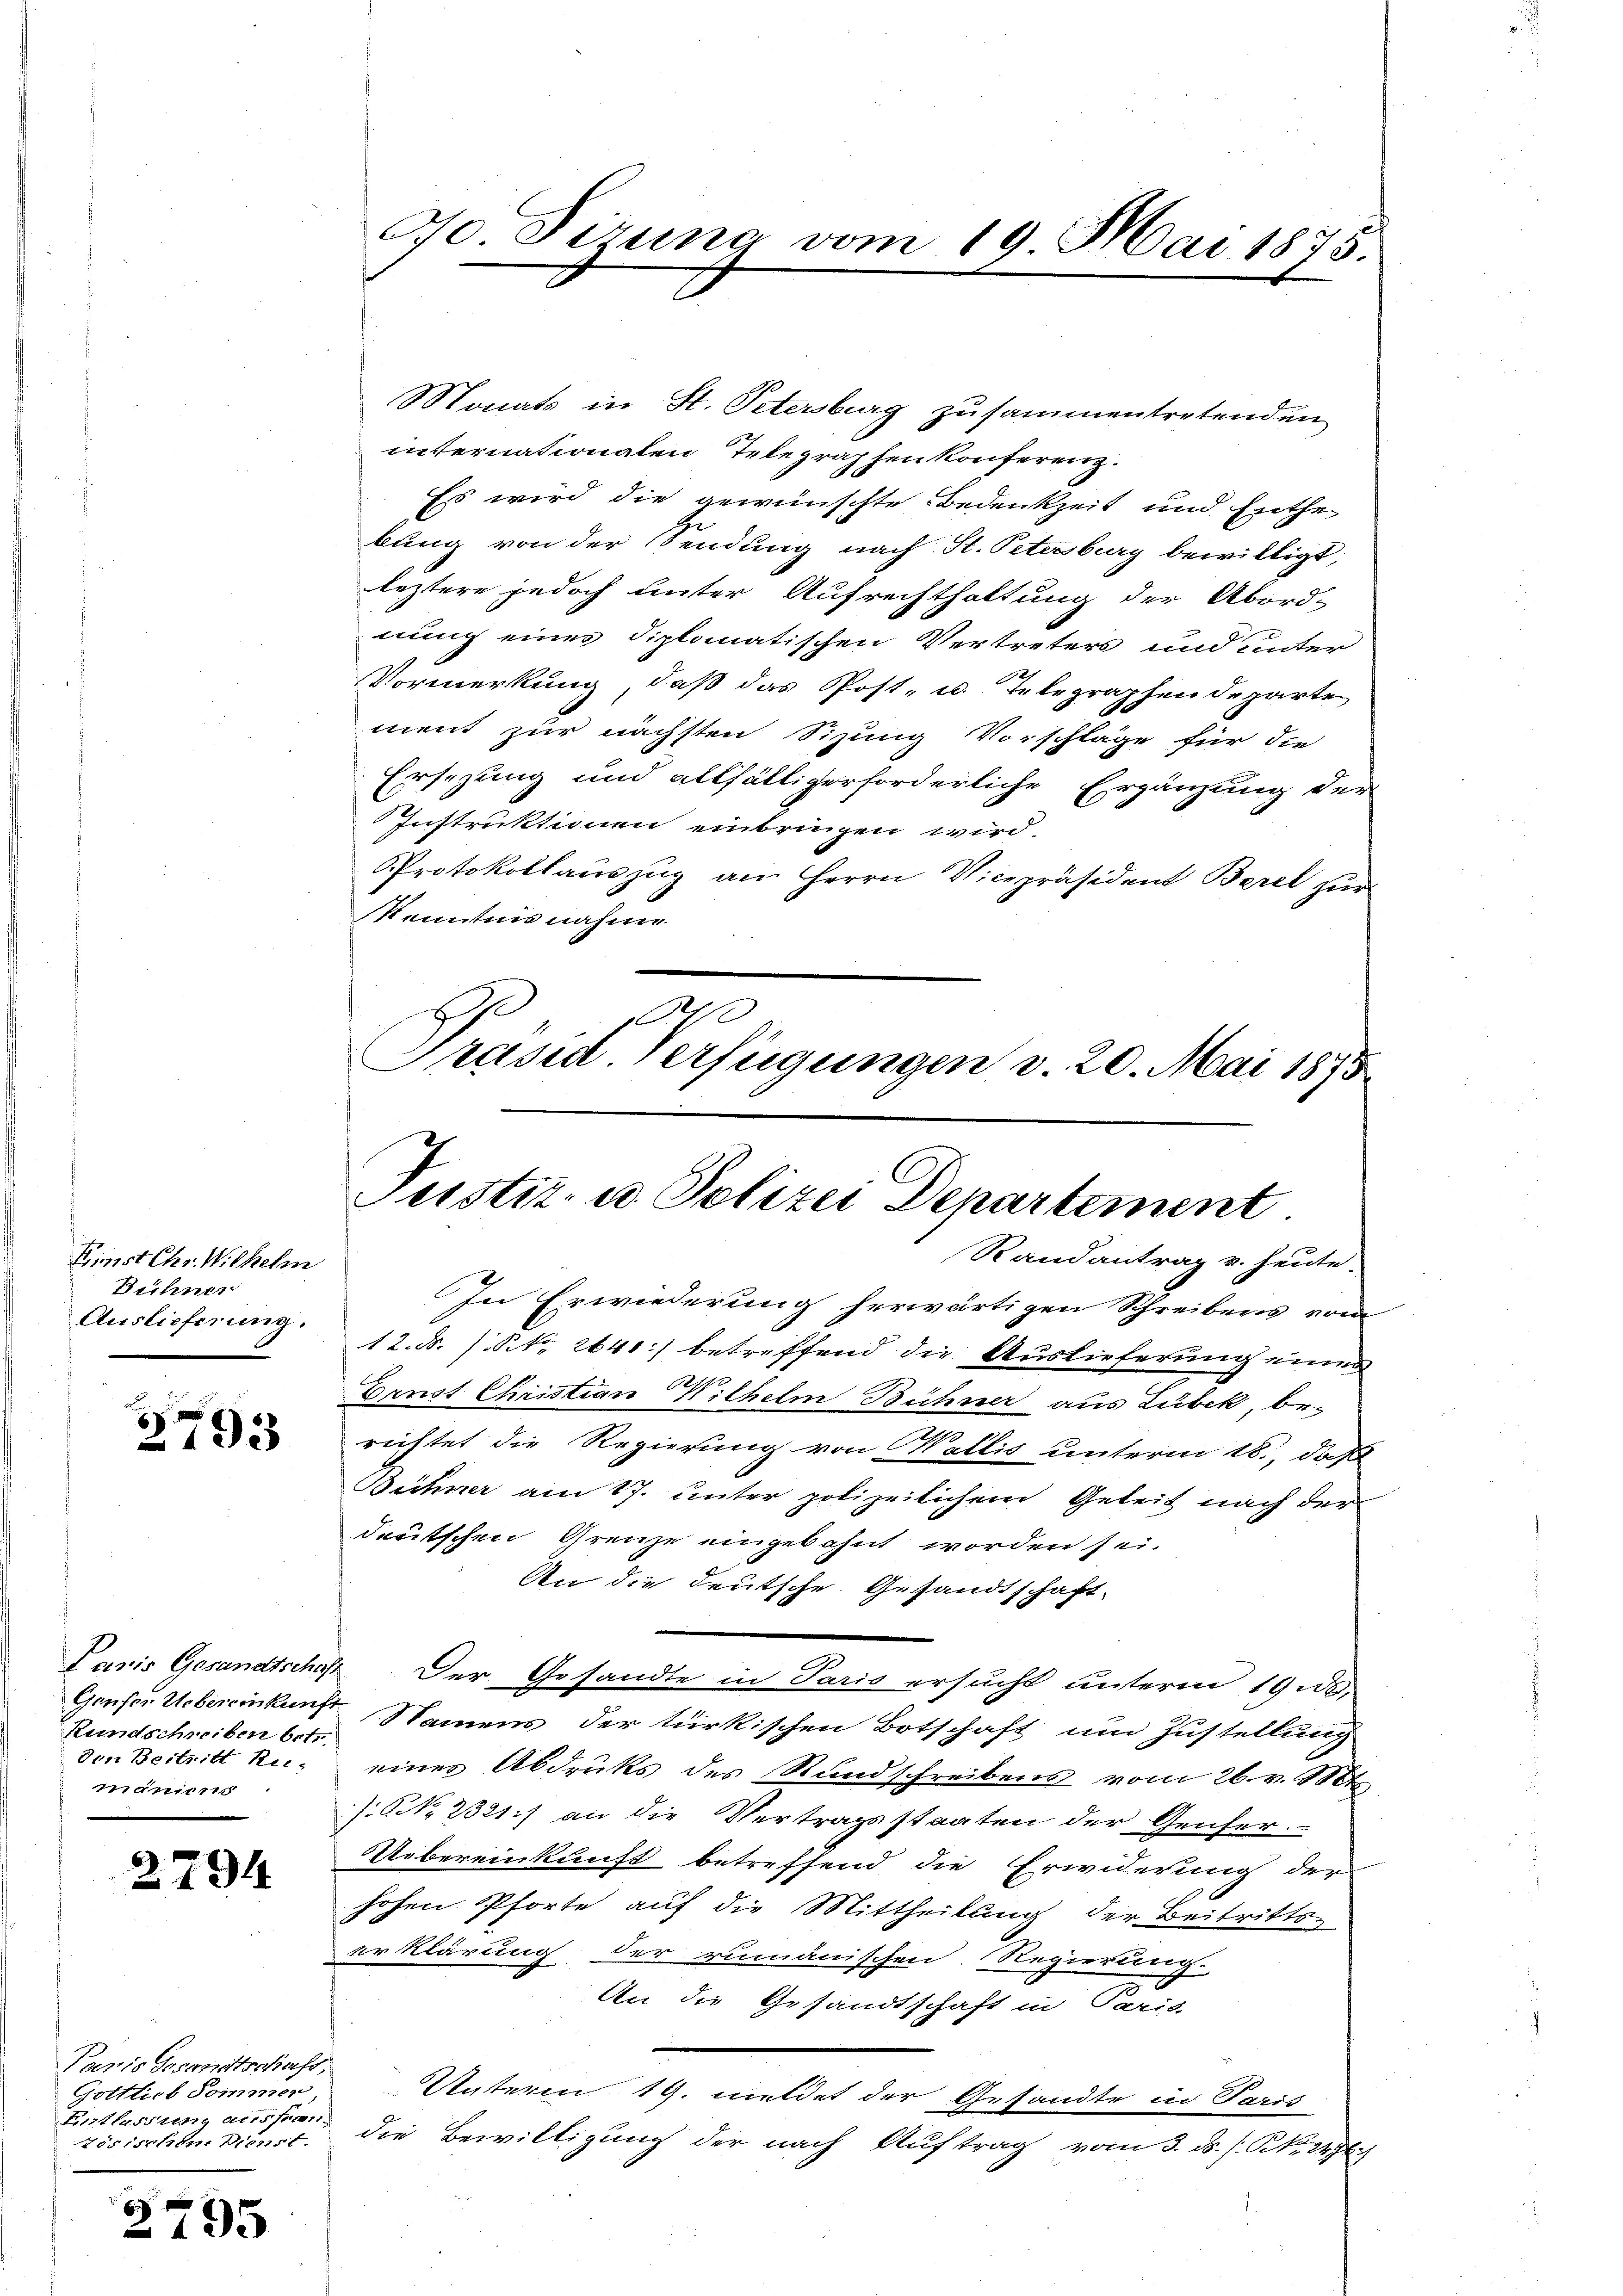
Krimist Chr. Wilhelm
Bühner
Auslieferung.

2793

Rundschreiben betr.
den Beitritt Kei-
igrirt

2794

Paris Gesandtschaft,
Gottlich Sommen
Einflussung ausser-
Zösischen Dienst.

2795

do Firung vom 19. Mai 1875.

Monats in St. Petersburg zusammentretenden
internationalen Telegraphen Konferenz.
Es wird die gewünschte Bedenkzeit und Enthe
bung von der Sendung nach St. Petersburg bewilligt,
leztere jedoch unter Aufrechthaltung der Abord-
nung eines Diplomatischen Vertreters und unter
Vormerkung, daß das Post- u. Telegraphendeparten
ment zur nächsten Sizung Vorschläge für die
Ersezung und allfällig erforderliche Ergänzung der
Instruktionen einbringen wird.
Protokollauszug am Herrn Vicepräsident Berel zur
Kenntnis nahme
0
Präsid. Verfügungen v. 20. Mai 1875

Festit. u. Polizei Departement
Randantrag v. heute.

In Erwiederung herwärtigen Schreibens vom
12. d. s. S. 2641) betreffend die Auslieferung eines
Ernst Christian Wilhelm Bühner aus Lubek, berichtet die Regierung von Wallis unterm 18., daß
Bühner am 17. unter polizeilichem Geheit nach der
deutschen Grenze eingebahnt worden sei.
An die deutsche Gesandtschaft-
Laris Gesandtschaft. Der Gesandte in Paris ersucht unterm 19 u.
Geuser Uebereinkunft Namens der türkischen Botschaft um Zustellung
einer Abdruks des Rundschreibens vom 26. v. 18t
ONNo. 2321) an die Vertragsstaaten der Genfer-
Uebereinkunft betreffend die Erwiderung der
hohen Pforte auf die Mittheilung der Beitritts-
erklärung der rumänischen Regierung.
x
e
An die Gesandtschaft in Paris-
Unterm 19. meldet der Gesandte in Paris
die Bewilligung der nach Auftrag vom 3. ds. s. No 1476)